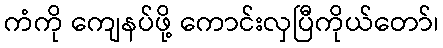
ကံကို ကျေနပ်ဖို့ ကောင်းလှပြီကိုယ်တော်၊